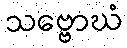
သဗ္ဗောဃံ